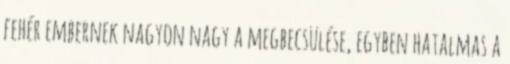
fehér embernek nagyon nagy a megbecsülése, egyben hatalmas a